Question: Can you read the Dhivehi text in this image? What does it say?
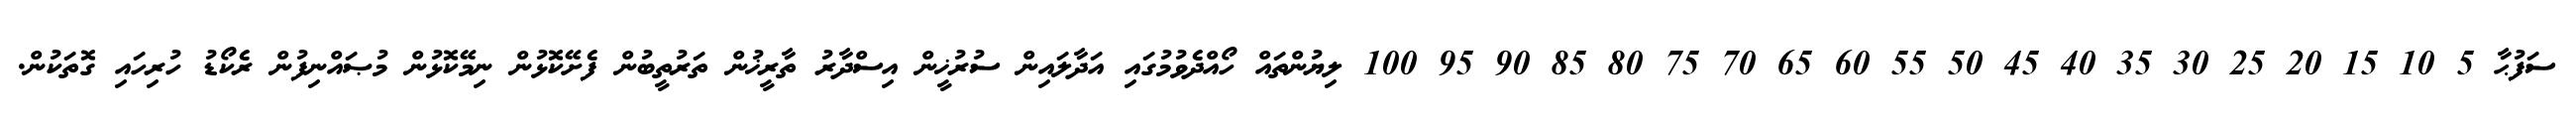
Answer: ސަފުޙާ 5 10 15 20 25 30 35 40 45 50 55 60 65 70 75 80 85 90 95 100 ލިޔުންތައް ހޯއްދެވުމުގައި އަދާލައިން ސުރުޚީން އިސްދާރު ތާރީޚުން ތަރުތީބުން ފެށޭކޮޅުން ނިމޭކޮޅުން މުޞައްނިފުން ރެކޯޑު ހުރިހައި ގޮތަކުން.